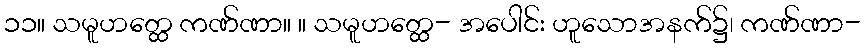
၁၁။ သမူဟတ္ထေ ကဏ်ဏာ။ ။ သမူဟတ္ထေ- အပေါင်း ဟူသောအနက်၌၊ ကဏ်ဏာ-